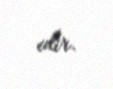
edir.